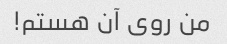
من روی آن هستم!